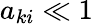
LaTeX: a_{ki}\ll 1